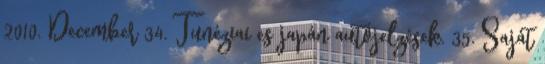
2010. December 34. Tunéziai es japán autójelzések. 35. Saját